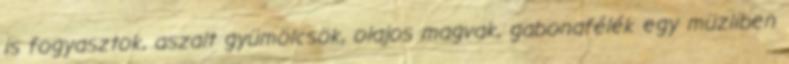
is fogyasztok, aszalt gyümölcsök, olajos magvak, gabonafélék egy müzliben